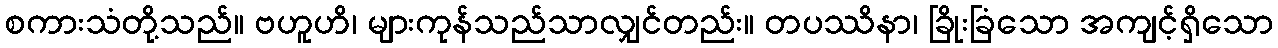
စကားသံတို့သည်။ ဗဟူဟိ၊ များကုန်သည်သာလျှင်တည်း။ တပဿိနာ၊ ခြိုးခြံသော အကျင့်ရှိသော